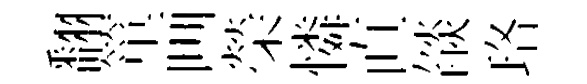
翻箪画榮憐直燄珞